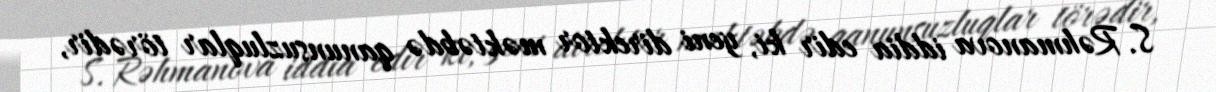
S. Rəhmanova iddia edir ki, yeni direktor məktəbdə qanunsuzluqlar törədir,